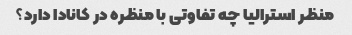
منظر استرالیا چه تفاوتی با منظره در کانادا دارد؟